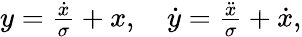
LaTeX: \begin{array}{r}{y=\frac{\dot{x}}{\sigma}+x,\quad\dot{y}=\frac{\ddot{x}}{\sigma}+\dot{x},}\end{array}